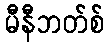
မီနီဘတ်စ်